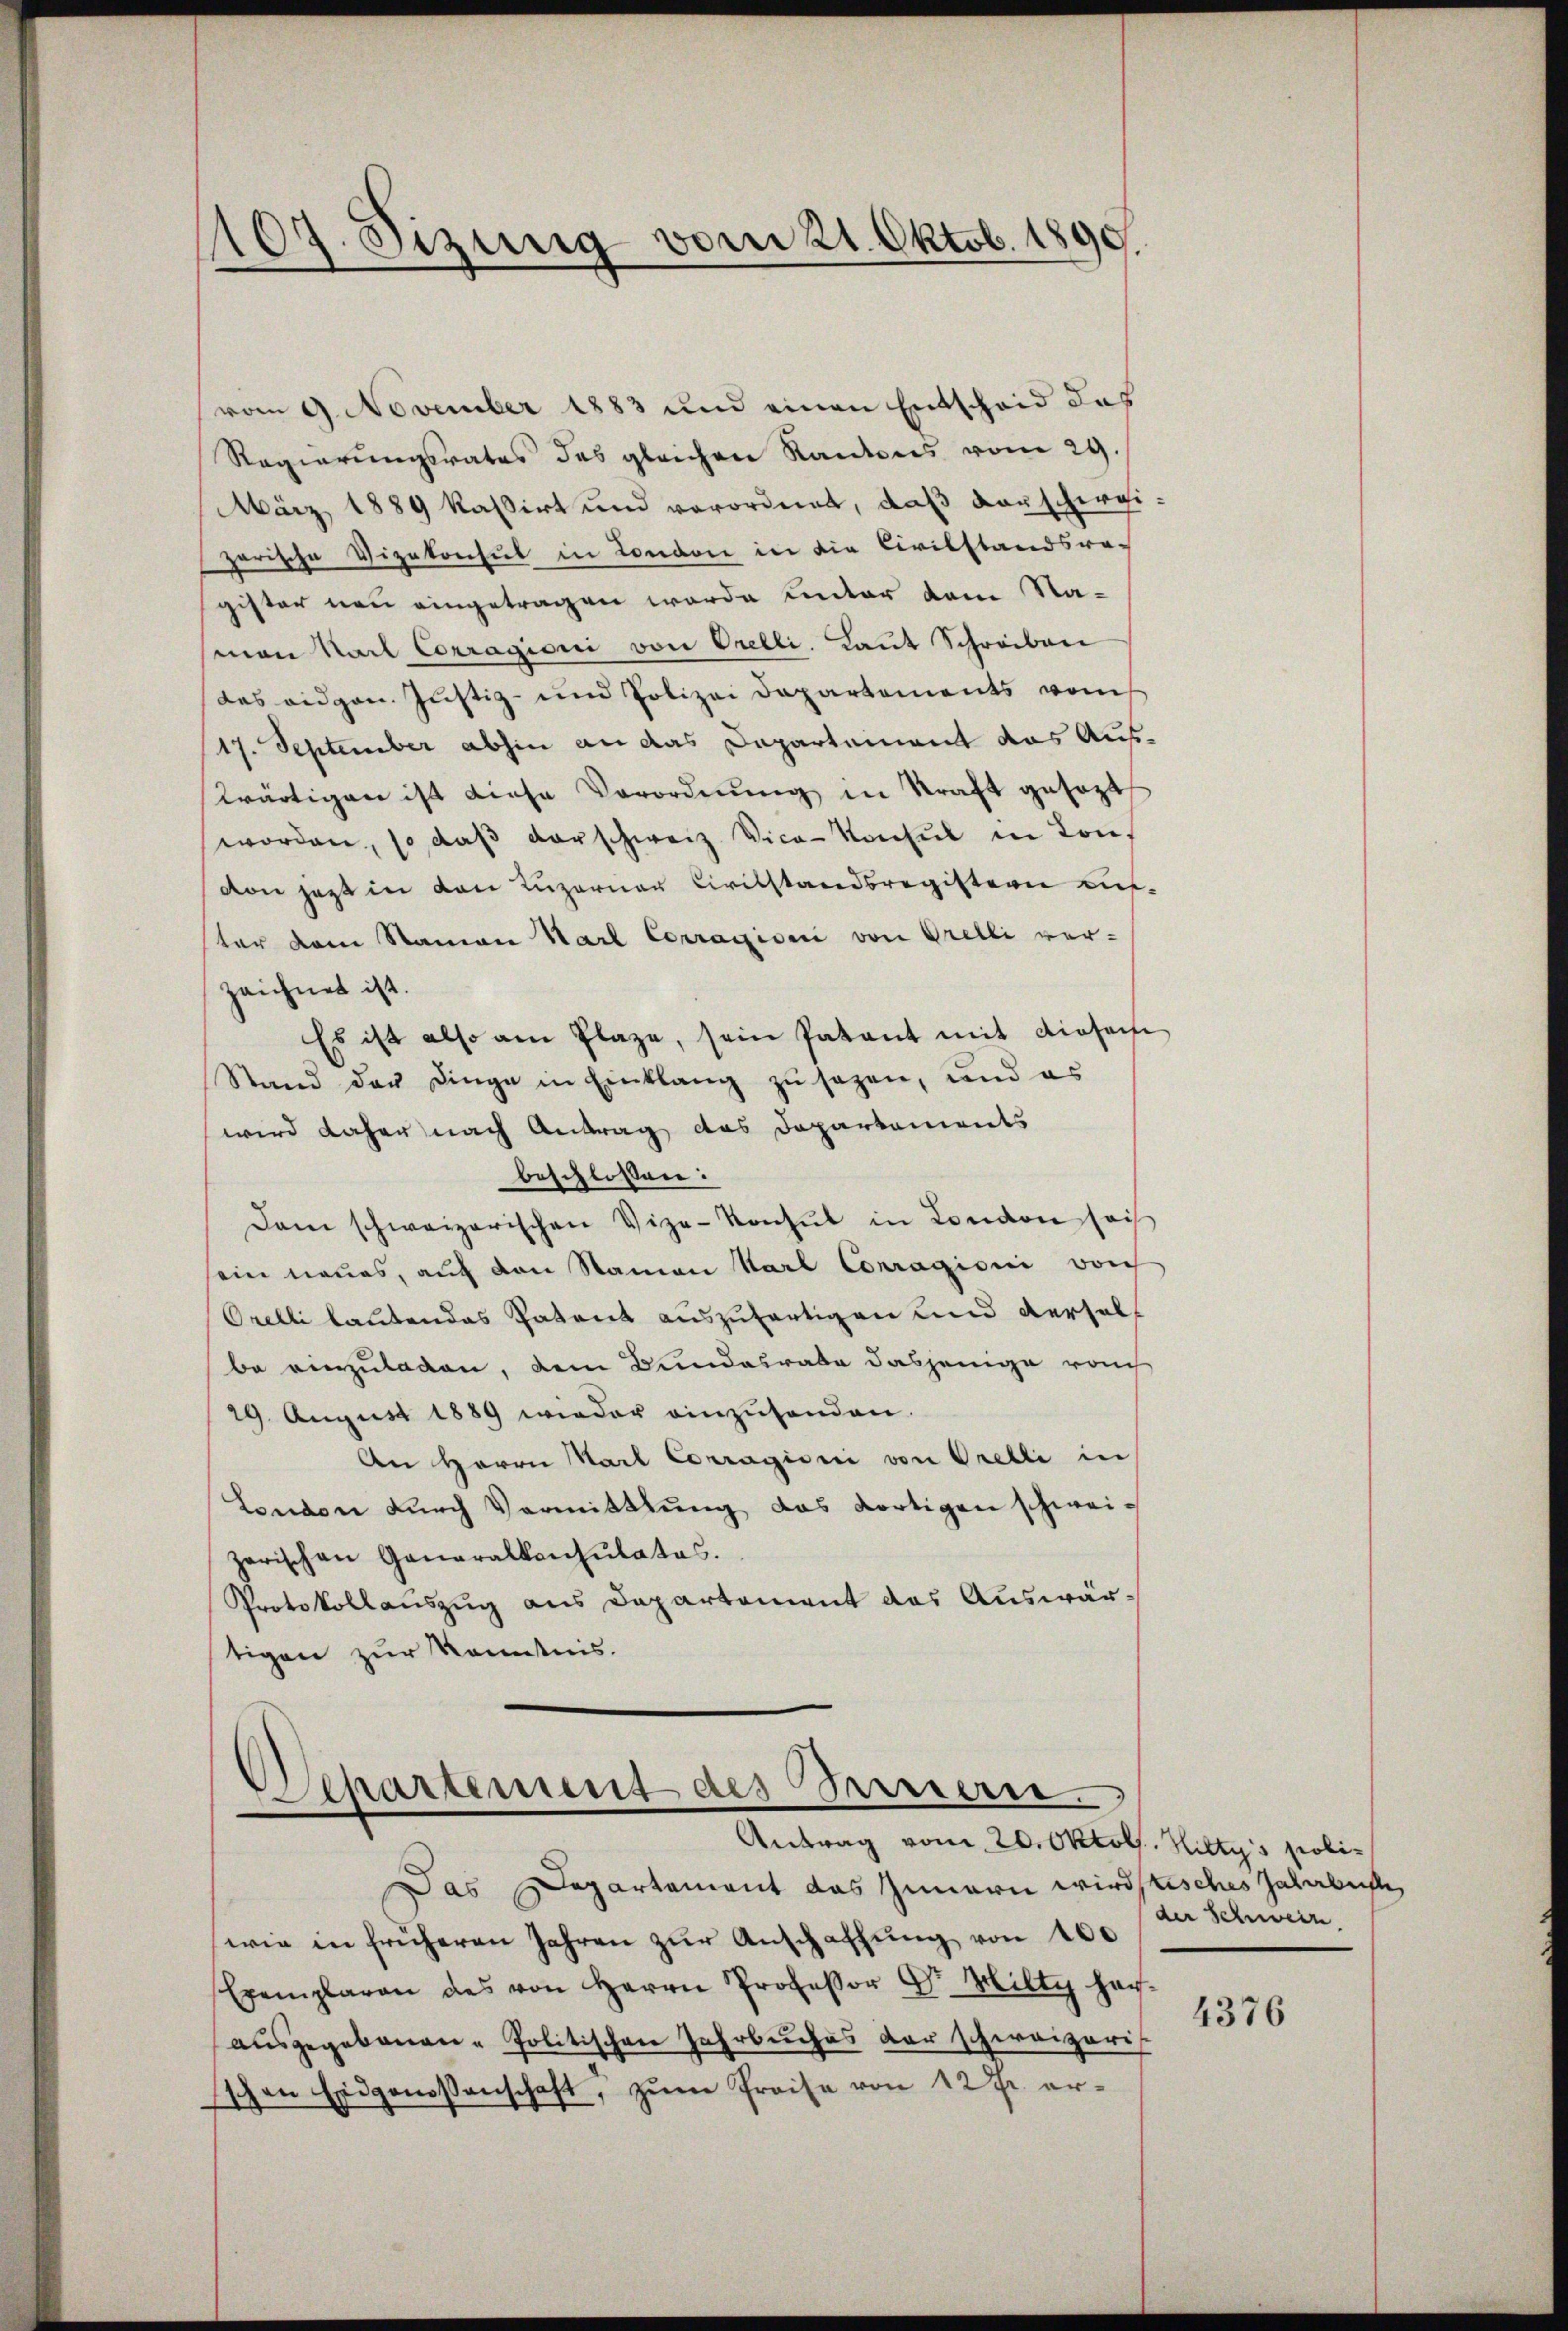
107. Sizung vom 21. Oktob. 1890.
s

vom 9. November 1883 und einen Entscheid das
Regierungsrates des gleichen Kantons vom 29.
März 1889 kassirt und verordnet, daß vorschirgigarische Vizekonsul in Londore in die Civilstandsra-
gister neu eingetragen werde unter dem Sta-
man Karl Corragioni von Orelli. Laut Schreiben
das eidgen. Justiz- und Polizei Departements vom
17. September abhin an das Departement das Auswärtigen ist diese Verordnŭng in Kraft gesezt
worden, so daβ vorschweiz. Vice-Konsul in Conf
von jetzt in von Luzerner Civilstandsregistern aufster dem Namen Karl Corragion von Grelli ver-
zeichnet ist.
Es ist also am Plaze, sein Patent mit diesem
Stand der Dinge in Einklang zu sagen, und es
wird daher nach Antrag das Departements
beschlossen:
Dam schweizerischen Vize-Konsul in London sei
ein neues, auf von Namen Karl Corragioni von
Orelli lautendes Patent auszufertigen und derselbe einzuladen, dem Bundesrate dasjenige rauch
29. August 1889 wieder einzusenden.
An Herrn Karl Corragioni von Orelli in
London durch Vermittlung das dortigen schweizarischen Generalkonsulates.
Protokollauszug aus Departement des Auswärtigen zur Kenntnis.

epartement des Barriern.
Antrag vom 20. Oktob. Hiltys poli¬

der Schwein

Das Departament das Innern wirdtisches Jahrbuch,
wie in früheren Jahren zŭr Anschaffung von 100
Exemplaren des von Herrn Professor G. Hilty herausgegebenen - Politischen Jahrbuches der schweizeris
Eschen Eidgenossenschaft, zum Preise von 12 Fr. er¬

4376